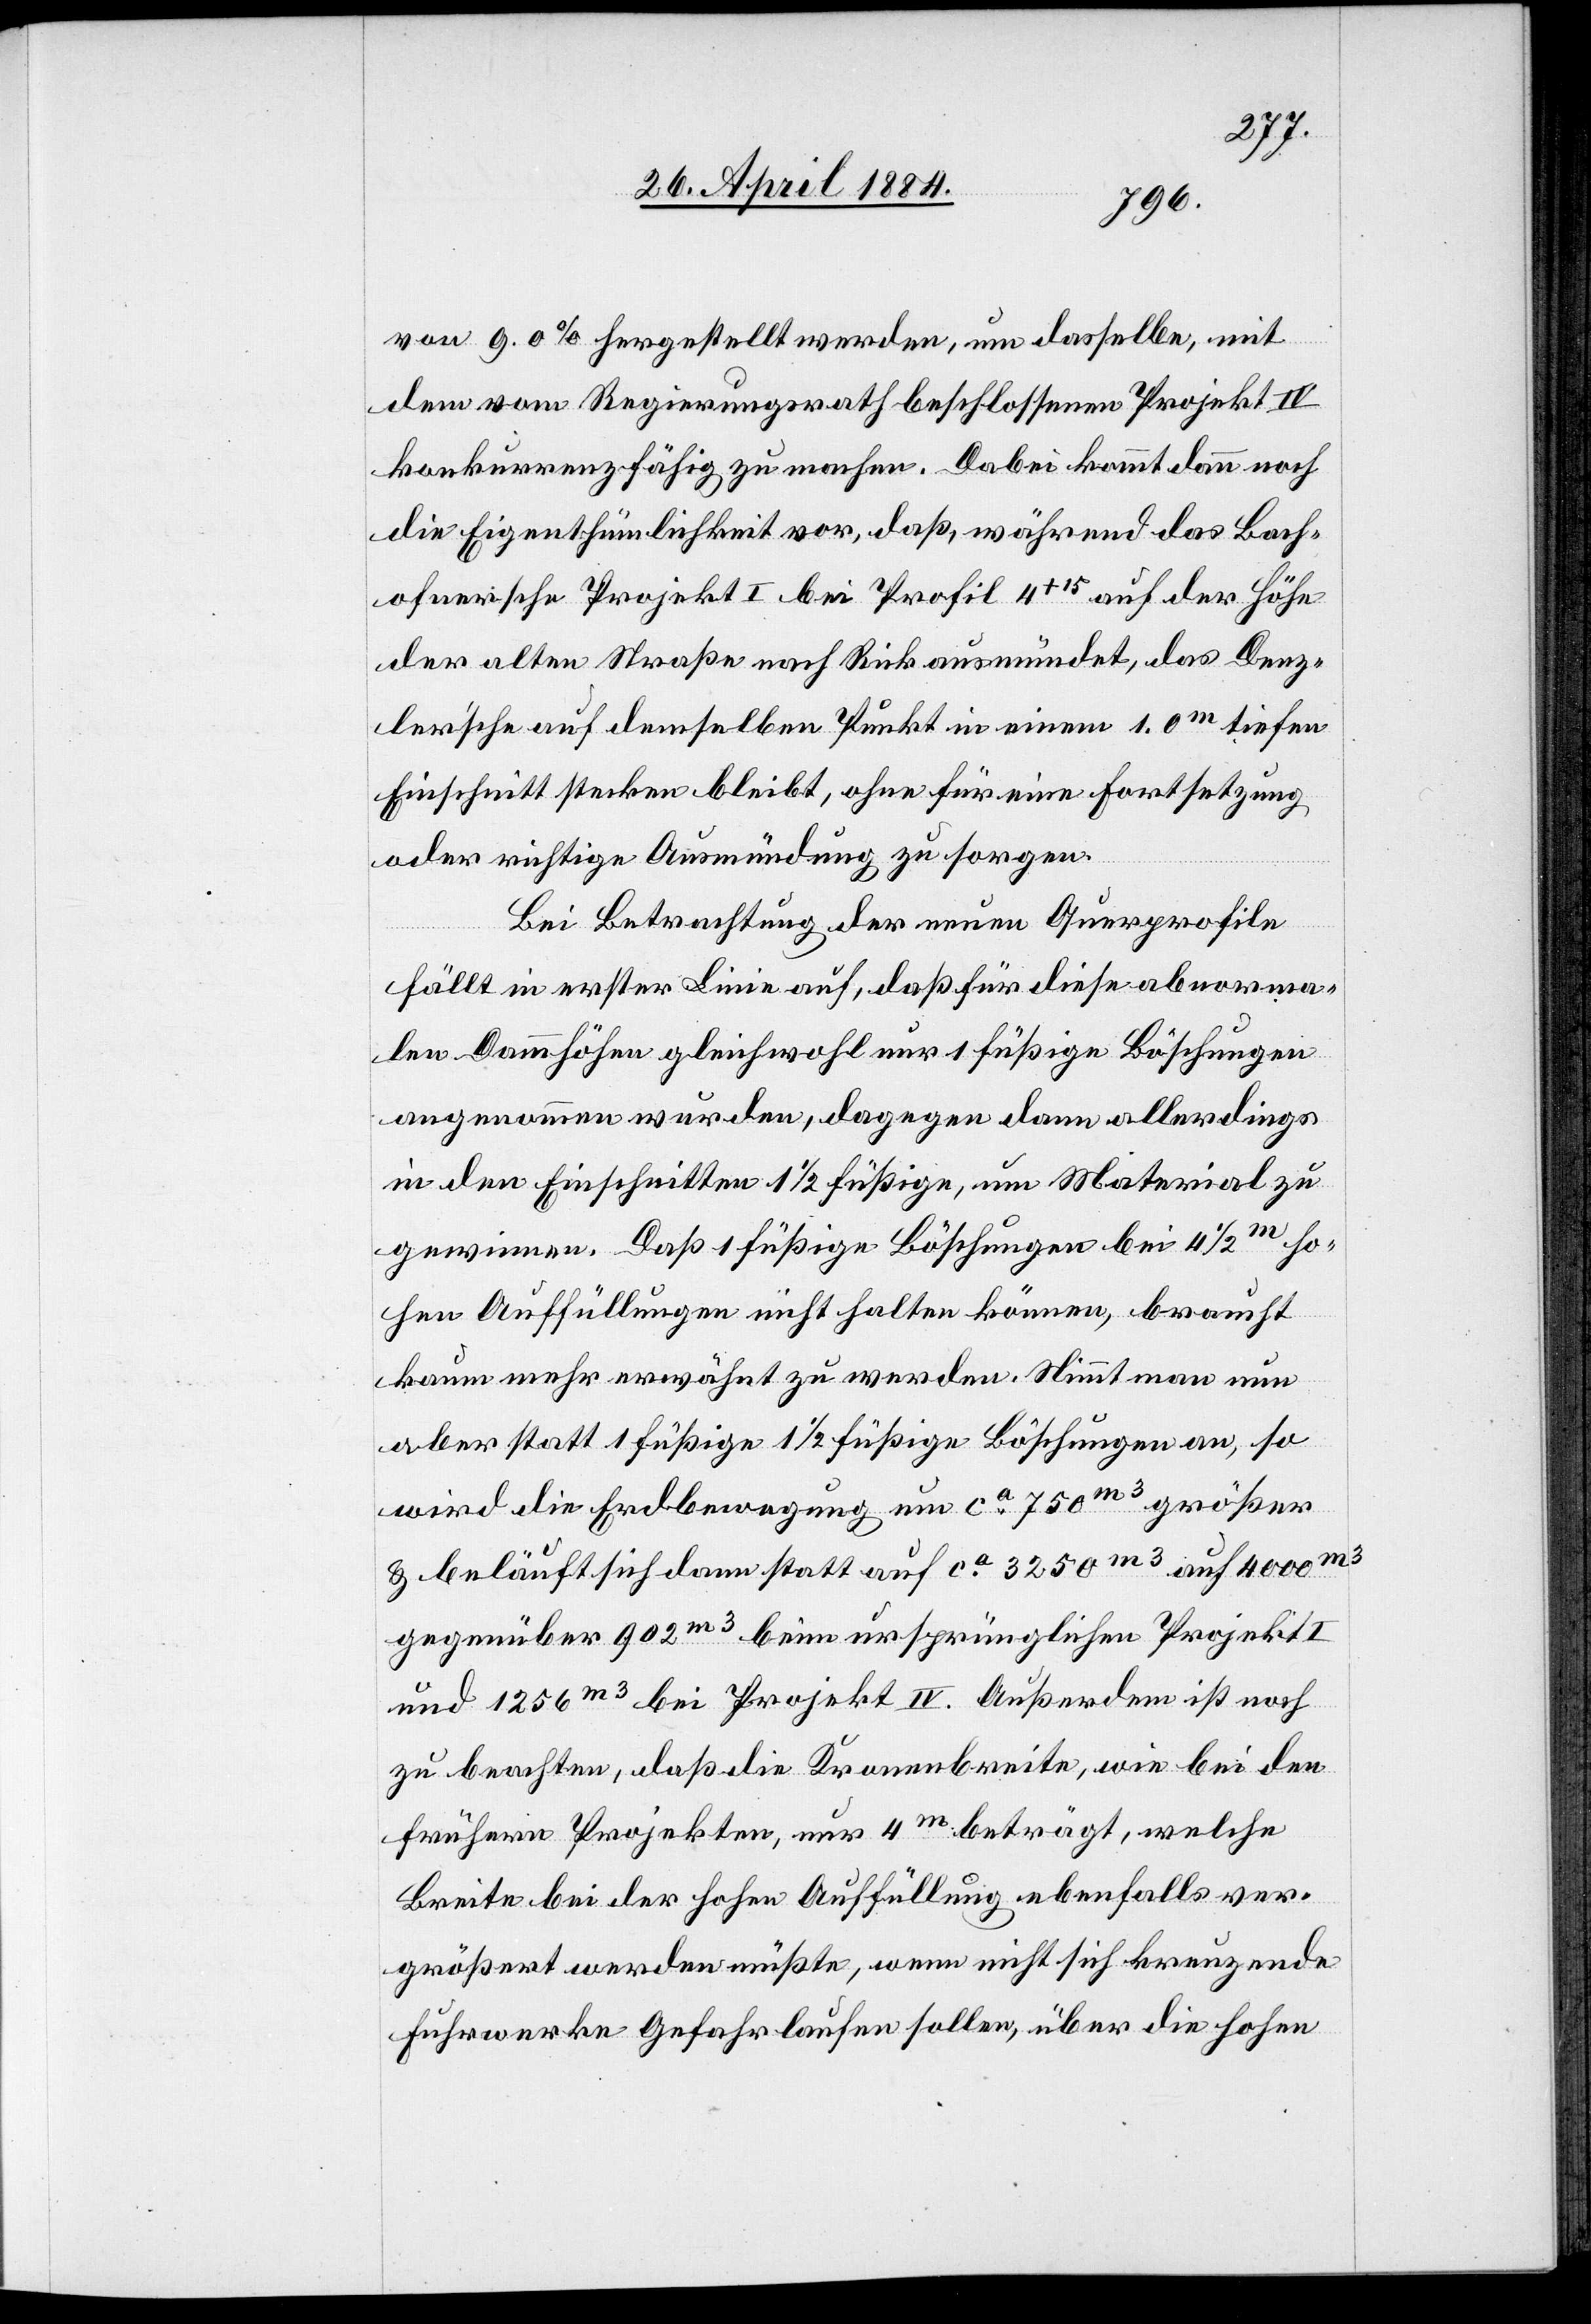
von 9.0% hergestellt werden, um dasselbe, mit
dem vom Regierungsrath beschlossenen Projekt IV
konkurrenzfähig zu machen. Dabei kommt dann noch
die Eigenthümlichkeit vor, daß während das Bach¬
ofnersche Projekt I bei Profil 4+15 auf der Höhe
der alten Straße nach Rick ausmündet, das Denz¬
ler’sche auf demselben Punkt in einem 1.0m tiefen
Einschnitt stecken bleibt, ohne für eine Fortsetzung
oder richtige Ausmündung zu sorgen.
Bei Betrachtung der neuen Querprofile
fällt in erster Linie auf, daß für diese abnorma¬
len Dammhöhen gleichwohl nur 1 füßige Böschungen
angenommen wurden, dagegen dann allerdings
in den Einschnitten 1 1/2 füßige, um Material zu
gewinnen. Daß 1 füßige Böschungen bei 4 1/2m ho¬
hen Auffüllungen nicht halten können, braucht
kaum mehr erwähnt zu werden. Nimmt man nun
aber statt 1 füßige 1 1/2 füßige Böschungen an, so
wird die Erdbewegung um ca 750m3 größer
& beläuft sich dann statt auf ca 3250m3 auf ca 4000m3
gegenüber 902m3 beim ursprünglichen Projekt I
und 1256m3 bei Projekt IV. Außerdem ist noch
zu beachten, daß die Kronenbreite, wie bei den
frühern Projekten, nur 4m beträgt, welche
Breite bei der hohen Auffüllung ebenfalls ver¬
größert werden müßte, wenn nicht sich kreuzende
Fuhrwerke Gefahr laufen sollen, über die hohen